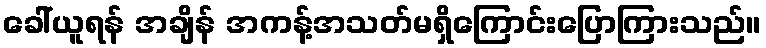
ခေါ်ယူရန် အချိန် အကန့်အသတ်မရှိကြောင်းပြောကြားသည်။